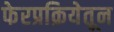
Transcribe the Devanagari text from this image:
फेरप्रक्रियेतून